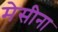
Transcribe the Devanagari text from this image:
मेसीना